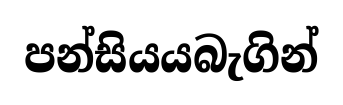
පන්සියයබැගින්